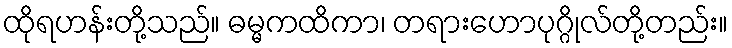
ထိုရဟန်းတို့သည်။ ဓမ္မကထိကာ၊ တရားဟောပုဂ္ဂိုလ်တို့တည်း။